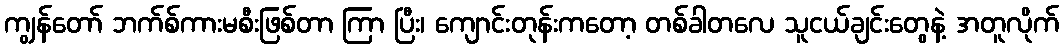
ကျွန်တော် ဘက်စ်ကားမစီးဖြစ်တာ ကြာ ပြီး၊ ကျောင်းတုန်းကတော့ တစ်ခါတလေ သူငယ်ချင်းတွေနဲ့ အတူလိုက်